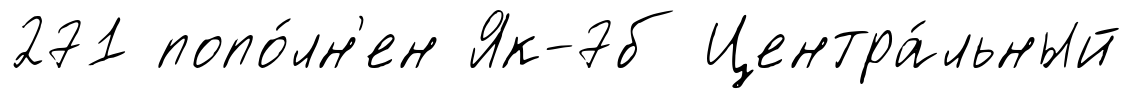
271 попо́лн'ен Як-7б Центра́льный